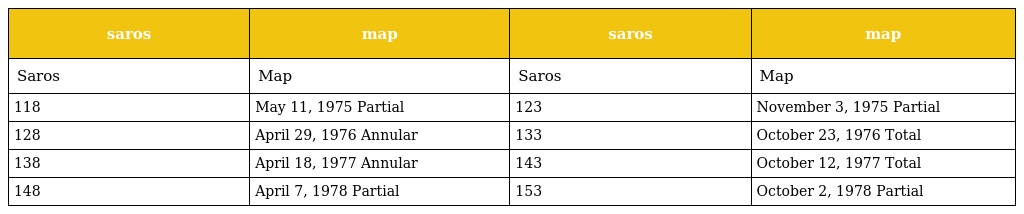
| saros | map | saros | map |
 | --- | --- | --- | --- |
 | Saros | Map | Saros | Map |
 | 118 | May 11, 1975 Partial | 123 | November 3, 1975 Partial |
 | 128 | April 29, 1976 Annular | 133 | October 23, 1976 Total |
 | 138 | April 18, 1977 Annular | 143 | October 12, 1977 Total |
 | 148 | April 7, 1978 Partial | 153 | October 2, 1978 Partial |